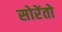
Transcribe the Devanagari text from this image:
सोरेंतो